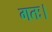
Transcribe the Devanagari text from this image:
गतः।